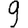
Digit: 9